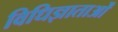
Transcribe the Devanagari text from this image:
विधिज्ञाताओं